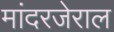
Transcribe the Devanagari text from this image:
मांदरजेराल